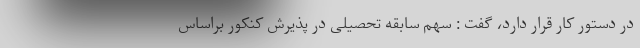
در دستور کار قرار دارد، گفت : سهم سابقه تحصیلی در پذیرش کنکور براساس